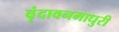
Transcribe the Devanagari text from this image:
वृंदावनमाधुरी